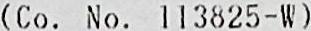
(CO. NO. 113825-W)